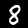
Digit: 8